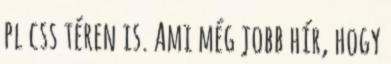
pl css téren is. Ami még jobb hír, hogy